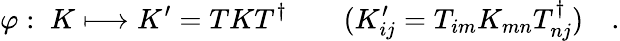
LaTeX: \varphi:\; K\longmapsto K^{\prime}=TKT^{\dagger}\qquad(K_{ij}^{\prime}=T_{im}K_{mn}T_{nj}^{\dagger})\quad.